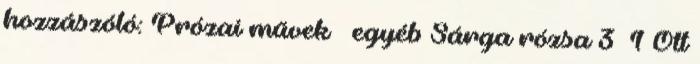
hozzászóló: Prózai művek egyéb Sárga rózsa 3 1 Ott